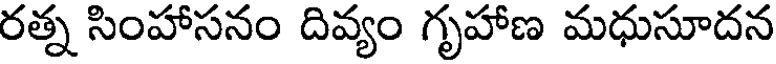
రత్న సింహాసనం దివ్యం గృహాణ మధుసూదన